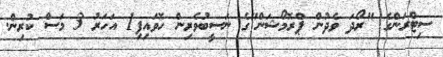
ސިޓްރަންގެ "ރޯދަ ވެދުން ޕްރޮމޯޝަން"ގެ ނަސީބުވެރިން ހޮވައިފި1 އަހަރު 3 މަސް ކުރިން.